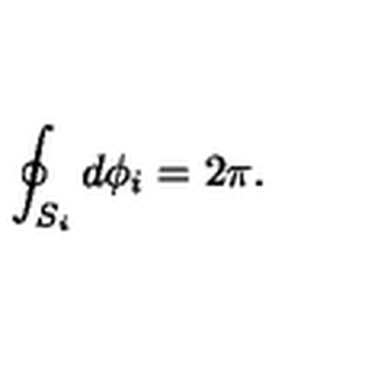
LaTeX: \oint _ { S _ { i } } { d \phi _ { i } } = 2 \pi .